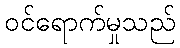
ဝင်ရောက်မှုသည်